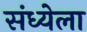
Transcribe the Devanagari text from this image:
संध्येला